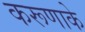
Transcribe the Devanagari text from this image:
करूणाके